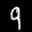
Label: 9